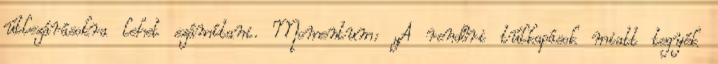
útlezárásokra lehet számítani. Momentum: „A rendőri túlkapások miatt tegyék